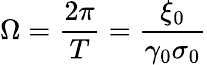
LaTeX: \Omega=\frac{2\pi}{T}=\frac{\xi_{0}}{\gamma_{0}\sigma_{0}}